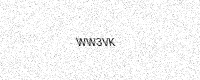
Text: WW3VK